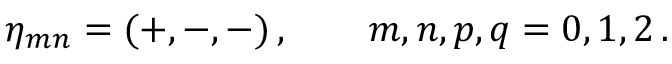
\eta _ { m n } = ( + , - , - ) \, , \qquad m , n , p , q = 0 , 1 , 2 \, .